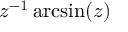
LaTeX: z ^ { - 1 } \arcsin ( z )